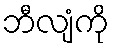
ဘီလျံကို